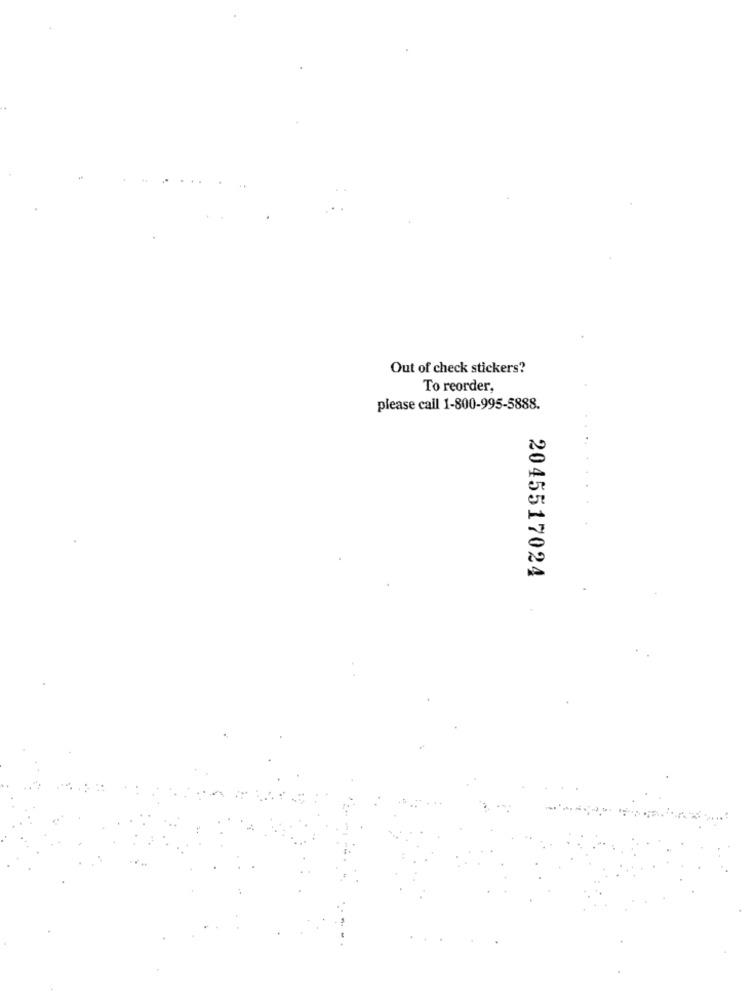
Out of check stickers?
To reorder,
please call 1-800-995-5888.
2045517024